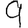
Digit: 9